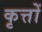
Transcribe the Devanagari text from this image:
कृत्तों